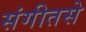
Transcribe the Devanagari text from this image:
संगीतसे